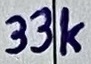
Text: 33k